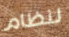
لنظام